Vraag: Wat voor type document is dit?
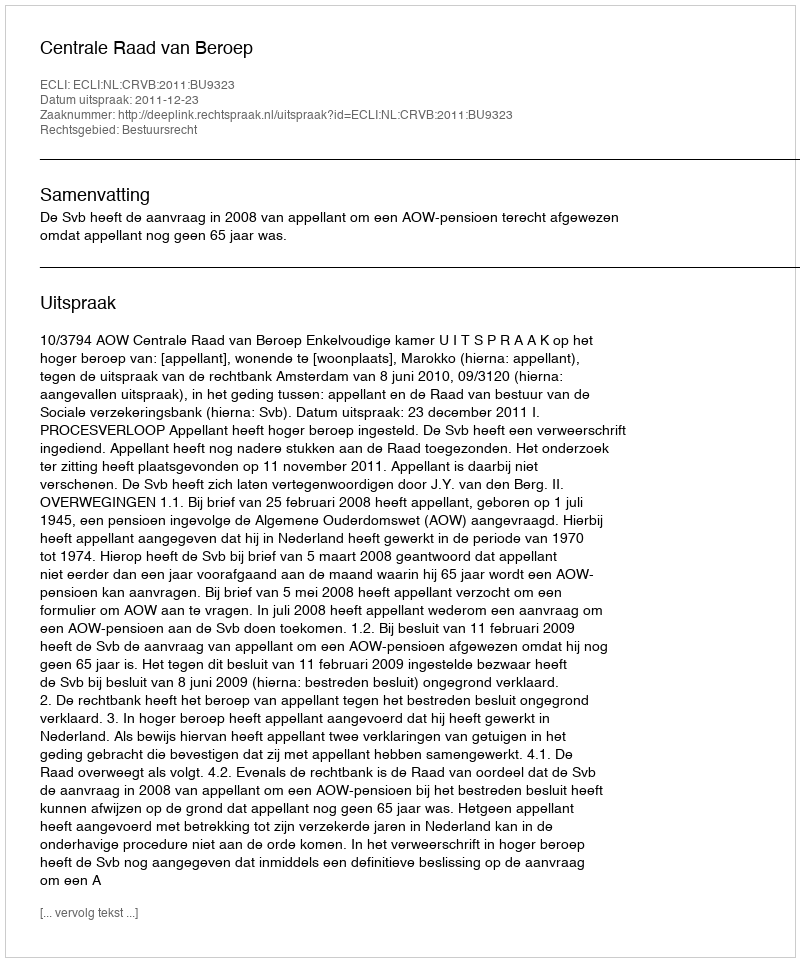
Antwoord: Uitspraak